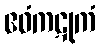
ဧဝံကဋုကံ